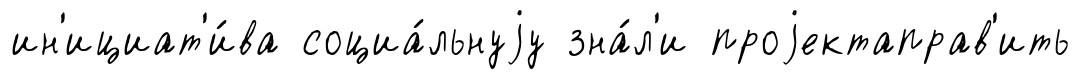
ин'ициат'и́ва социа́льнуjу зна́л'и проjектаправ'ить